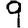
Digit: 9